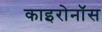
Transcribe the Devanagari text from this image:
काइरोनॉस